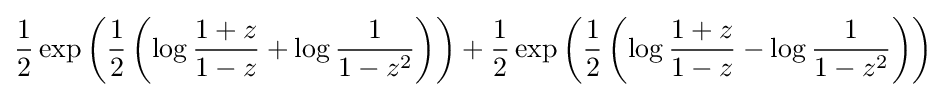
{\frac {1}{2}}\exp \left({\frac {1}{2}}\left(\log {\frac {1+z}{1-z}}+\log {\frac {1}{1-z^{2}}}\right)\right)+{\frac {1}{2}}\exp \left({\frac {1}{2}}\left(\log {\frac {1+z}{1-z}}-\log {\frac {1}{1-z^{2}}}\right)\right)